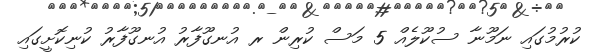
ކުރުމުގައި ނަމޫނާ ސުކޫލެއް 5 މަސް ކުރިން ރ އުނގޫފާރު އުނގޫފާރު ކުނިކޮށީގައި